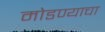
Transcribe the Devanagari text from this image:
मोडण्याचा